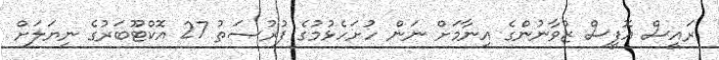
ރައީސް އޮފީސް ޒުވާނުންގެ އިނާމަށް ނަން ހުށަހެޅުމުގެ ފުރުޞަތު 27 އޮކްޓޫބަރުގެ ނިޔަލަށް